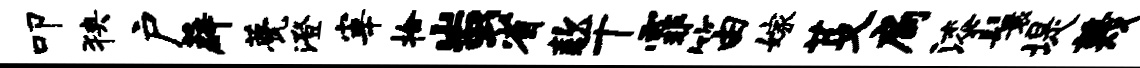
叩狭户薜甍澄宰拾蚩省款干霏笛嫁芟扃漆鬟堤蔑